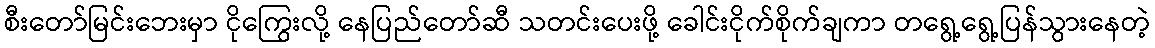
စီးတော်မြင်းဘေးမှာ ငိုကြွေးလို့ နေပြည်တော်ဆီ သတင်းပေးဖို့ ခေါင်းငိုက်စိုက်ချကာ တရွေ့ရွေ့ပြန်သွားနေတဲ့